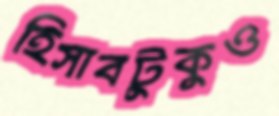
হিসাবটুকুও